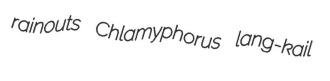
rainouts Chlamyphorus lang-kail